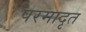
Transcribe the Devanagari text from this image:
परमादृत